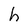
Character: h